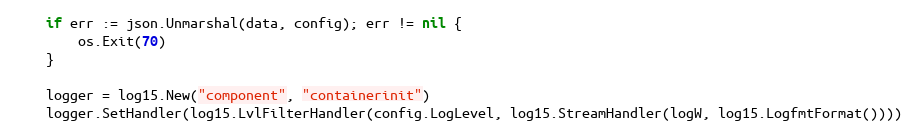
Language: Go
	if err := json.Unmarshal(data, config); err != nil {
		os.Exit(70)
	}

	logger = log15.New("component", "containerinit")
	logger.SetHandler(log15.LvlFilterHandler(config.LogLevel, log15.StreamHandler(logW, log15.LogfmtFormat())))